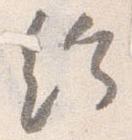
給